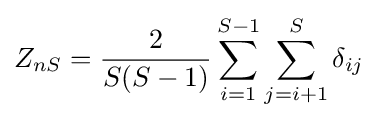
Z_{nS}={\frac {2}{S(S-1)}}\sum _{i=1}^{S-1}\sum _{j=i+1}^{S}\delta _{ij}